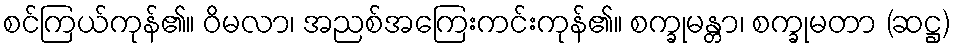
စင်ကြယ်ကုန်၏။ ဝိမလာ၊ အညစ်အကြေးကင်းကုန်၏။ စက္ခုမန္တာ၊ စက္ခုမတာ (ဆဋ္ဌ)